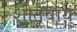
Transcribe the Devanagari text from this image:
शीतवायु